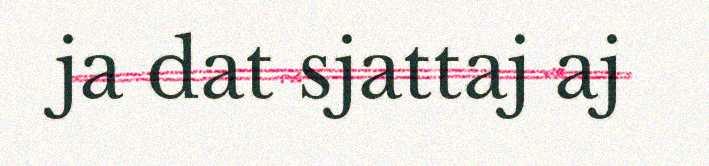
ja dat sjattaj aj